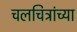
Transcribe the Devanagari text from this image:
चलचित्रांच्या